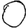
Digit: 0